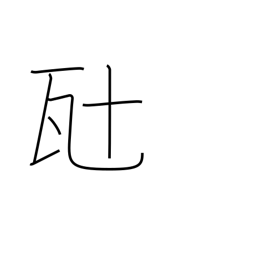
Meaning: ten grams